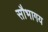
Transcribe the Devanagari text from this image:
सौभागय